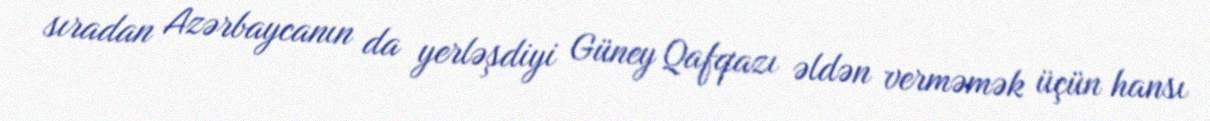
sıradan Azərbaycanın da yerləşdiyi Güney Qafqazı əldən verməmək üçün hansı